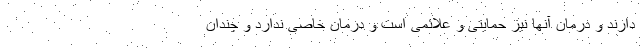
دارند و درمان آنها نیز حمایتی و علائمی است و درمان خاصی ندارد و چندان